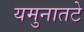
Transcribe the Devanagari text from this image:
यमुनातटे